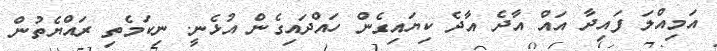
އަމިއްލަ ފައިދާ އައް އާދެ އާދެ ކިޔައިގެން ހައްދައިގެން އުޅެނީ. ނިކަމެތި ރައްޔެތުން